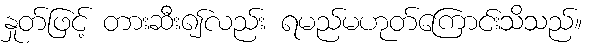
နှုတ်ဖြင့် တားဆီး၍လည်း ရမည်မဟုတ်ကြောင်းသိသည်။